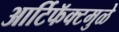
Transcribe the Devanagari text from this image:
आर्टिफॅक्टमुळे